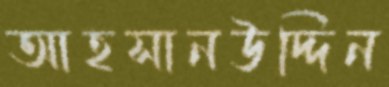
আহসানউদ্দিন